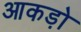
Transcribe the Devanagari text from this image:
आकडो़